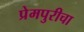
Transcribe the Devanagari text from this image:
प्रेमपुरीचा